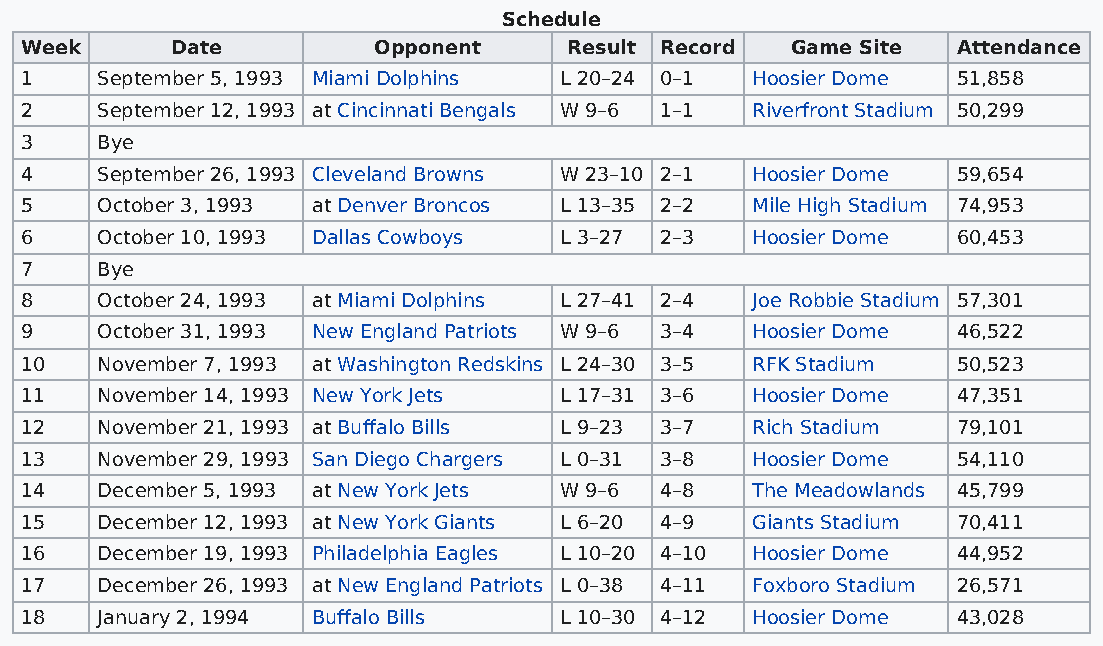
Schedule
 Week      Date          Opponent     Result Record Game Site  Attendance
 1    September 5, 1993 Miami Dolphins L 20–24 0–1 Hoosier Dome 51,858
 2    September 12, 1993 at Cincinnati Bengals W 9–6 1–1 Riverfront Stadium 50,299
 3    Bye
 4    September 26, 1993 Cleveland Browns W 23–10 2–1 Hoosier Dome 59,654
 5    October 3, 1993 at Denver Broncos L 13–35 2–2 Mile High Stadium 74,953
 6    October 10, 1993 Dallas Cowboys L 3–27 2–3  Hoosier Dome 60,453
 7    Bye
 8    October 24, 1993 at Miami Dolphins L 27–41 2–4 Joe Robbie Stadium 57,301
 9    October 31, 1993 New England Patriots W 9–6 3–4 Hoosier Dome 46,522
 10   November 7, 1993 at Washington Redskins L 24–30 3–5 RFK Stadium 50,523
 11   November 14, 1993 New York Jets L 17–31 3–6 Hoosier Dome 47,351
 12   November 21, 1993 at Buffalo Bills L 9–23 3–7 Rich Stadium 79,101
 13   November 29, 1993 San Diego Chargers L 0–31 3–8 Hoosier Dome 54,110
 14   December 5, 1993 at New York Jets W 9–6 4–8 The Meadowlands 45,799
 15   December 12, 1993 at New York Giants L 6–20 4–9 Giants Stadium 70,411
 16   December 19, 1993 Philadelphia Eagles L 10–20 4–10 Hoosier Dome 44,952
 17   December 26, 1993 at New England Patriots L 0–38 4–11 Foxboro Stadium 26,571
 18   January 2, 1994 Buffalo Bills  L 10–30 4–12 Hoosier Dome 43,028